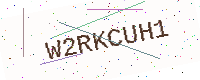
Text: W2RKCUH1